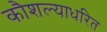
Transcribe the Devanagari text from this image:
कौशल्याधरित